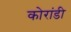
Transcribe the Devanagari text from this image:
कोरांडी